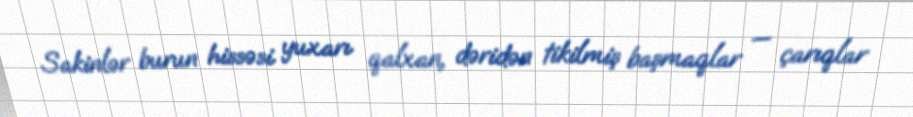
Sakinlər burun hissəsi yuxarı qalxan, dəridən tikilmiş başmaqlar — çarıqlar